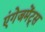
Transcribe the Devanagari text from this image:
एंगेजमेंट्स